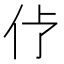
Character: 𱎢